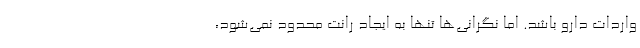
واردات دارو باشد. اما نگرانی‌ها تنها به ایجاد رانت محدود نمی‌شود،